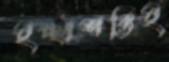
ইচ্ছাশক্তিই